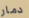
دمار